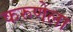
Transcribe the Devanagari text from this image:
करुणेला